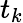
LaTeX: t_{k}